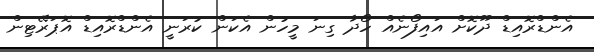
އެންޑްރޮއިޑް ދޫކޮށް އައިފޯނެއް ހޯދާ ގިނަ މީހުން އެކަން ކުރަނީ އެންޑްރޮއިޑް އޮޕަރޭޓިން